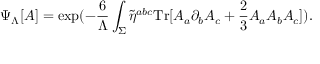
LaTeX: \Psi _ { \Lambda } [ A ] = \mathrm { e x p } ( - \frac { 6 } { \Lambda } \int _ { \Sigma } \tilde { \eta } ^ { a b c } \mathrm { T r } [ A _ { a } \partial _ { b } A _ { c } + \frac { 2 } { 3 } A _ { a } A _ { b } A _ { c } ] ) .